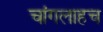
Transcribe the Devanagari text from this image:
चांगलाहच